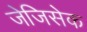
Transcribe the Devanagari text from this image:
जेजिसेक